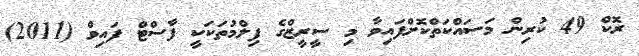
ރޮކް 49 ކުރިން މަސައްކަތްކޮށްފައިވާ މި ސީރީޒްގެ ފިލްމުތަކަކީ ފާސްޓް ފައިވް (2011)